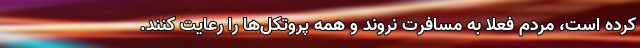
کرده است، مردم فعلا به مسافرت نروند و همه پروتکل‌ها را رعایت کنند.